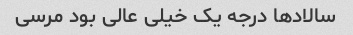
سالاد‌ها درجه یک خیلی عالی بود مرسی